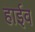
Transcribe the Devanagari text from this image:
हाईव